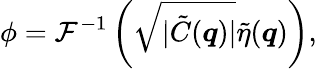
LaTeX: \phi=\mathcal{F}^{-1}\left(\sqrt{|\tilde{C}(\boldsymbol q)|}\tilde{\eta}(\boldsymbol q)\right),